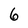
Character: 6